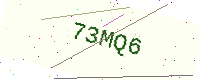
Text: 73MQ6